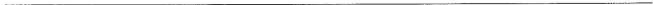
___